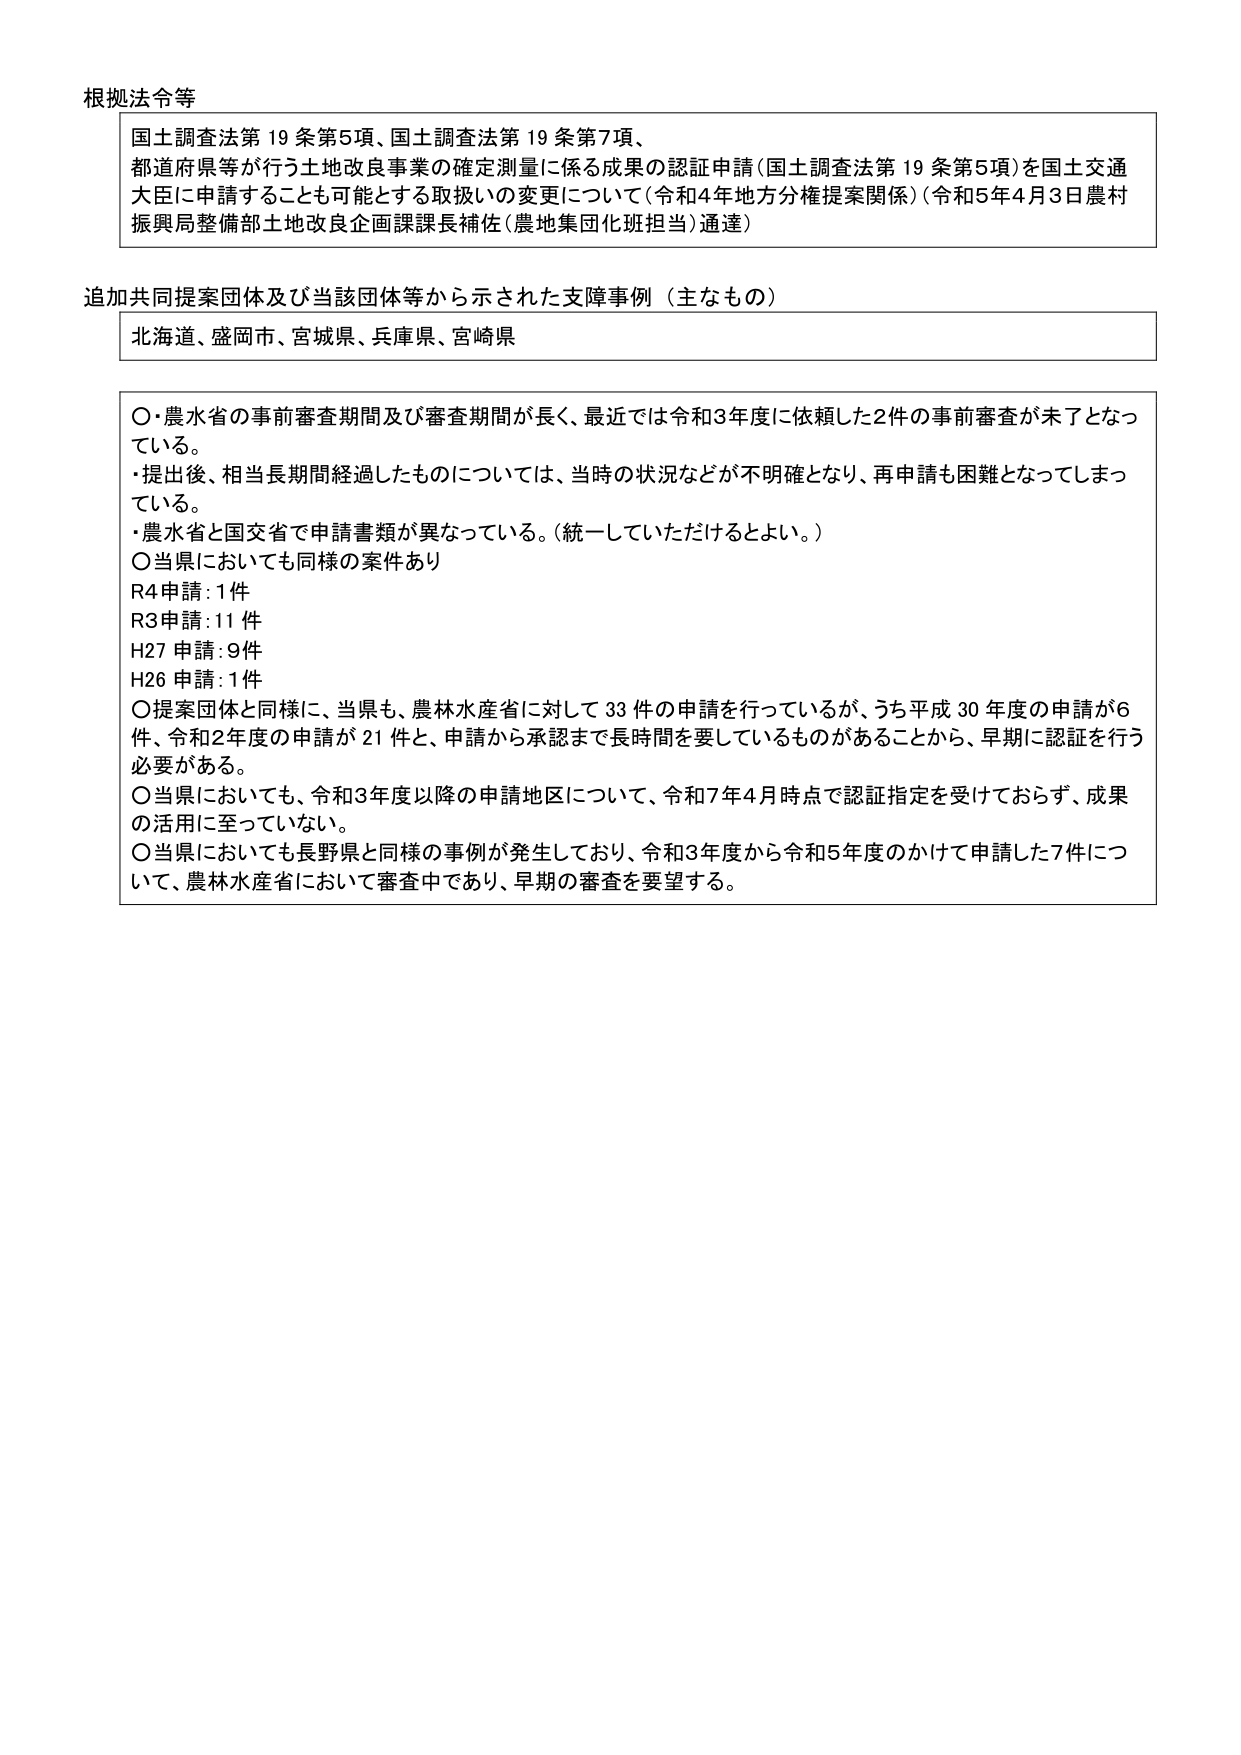
根拠法令等

国土調査法第19条第5項、国土調査法第19条第7項、
都道府県等が行う土地改良事業の確定測量に係る成果の認証申請（国土調査法第19条第5項）を国土交通大臣に申請することも可能とする取扱いの変更について（令和4年地方分権提案関係）（令和5年4月3日農村振興局整備部土地改良企画課課長補佐（農地集団化班担当）通達）

追加共同提案団体及び当該団体等から示された支障事例（主なもの）

北海道、盛岡市、宮城県、兵庫県、宮崎県

○農水省の事前審査期間及び審査期間が長く、最近では令和3年度に依頼した2件の事前審査が未了となっている。
・提出後、相当長期間経過したものについては、当時の状況などが不明確となり、再申請も困難となってしまっている。
・農水省と国交省で申請書類が異なっている。（統一していただけるとよい。）
○当県においても同様の案件あり
R4申請：1件
R3申請：11件
H27申請：9件
H26申請：1件
○提案団体と同様に、当県も、農林水産省に対して33件の申請を行っているが、うち平成30年度の申請が6件、令和2年度の申請が21件と、申請から承認まで長時間を要しているものがあることから、早期に認証を行う必要がある。
○当県においても、令和3年度以降の申請地区について、令和7年4月時点で認証指定を受けておらず、成果の活用に至っていない。
○当県においても長野県と同様の事例が発生しており、令和3年度から令和5年度のかけて申請した7件について、農林水産省において審査中であり、早期の審査を要望する。